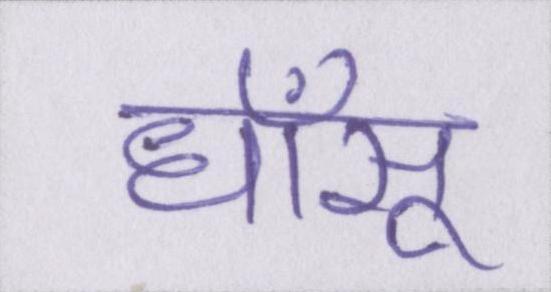
धाँसू